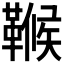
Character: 𩌖